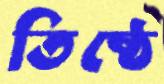
তিষ্ঠে